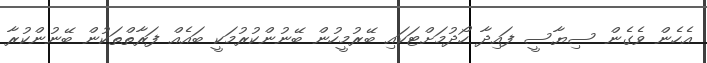
އެހެން ވެގެން ސިޔާސީ ފައިދާ ހޯދުމަށްޓަކައި ބޭރުމީހުން ބޭނުންކުރުމަކީ ބައެއް ފަރާތްތަކުން ބޭނުންކުރާ